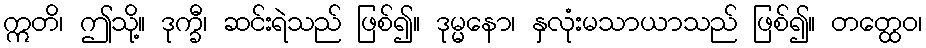
ဣတိ၊ ဤသို့။ ဒုက္ခီ၊ ဆင်းရဲသည် ဖြစ်၍။ ဒုမ္မနော၊ နှလုံးမသာယာသည် ဖြစ်၍။ တတ္ထေဝ၊